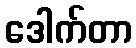
ဒေါက်တာ